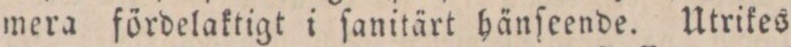
mera fördelaktigt i ſanitärt hänſeende. Utrikes